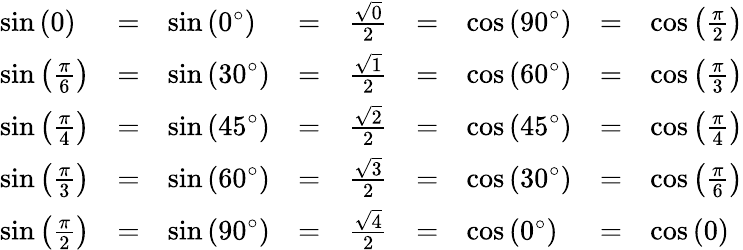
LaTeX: \begin{array}{lllllllll}{\sin\left(0\right)}&{=}&{\sin\left(0^{\circ}\right)}&{=}&{{\frac{\sqrt{0}}{2}}}&{=}&{\cos\left(90^{\circ}\right)}&{=}&{\cos\left({\frac{\pi}{2}}\right)}\\ {\sin\left({\frac{\pi}{6}}\right)}&{=}&{\sin\left(30^{\circ}\right)}&{=}&{{\frac{\sqrt{1}}{2}}}&{=}&{\cos\left(60^{\circ}\right)}&{=}&{\cos\left({\frac{\pi}{3}}\right)}\\ {\sin\left({\frac{\pi}{4}}\right)}&{=}&{\sin\left(45^{\circ}\right)}&{=}&{{\frac{\sqrt{2}}{2}}}&{=}&{\cos\left(45^{\circ}\right)}&{=}&{\cos\left({\frac{\pi}{4}}\right)}\\ {\sin\left({\frac{\pi}{3}}\right)}&{=}&{\sin\left(60^{\circ}\right)}&{=}&{{\frac{\sqrt{3}}{2}}}&{=}&{\cos\left(30^{\circ}\right)}&{=}&{\cos\left({\frac{\pi}{6}}\right)}\\ {\sin\left({\frac{\pi}{2}}\right)}&{=}&{\sin\left(90^{\circ}\right)}&{=}&{{\frac{\sqrt{4}}{2}}}&{=}&{\cos\left(0^{\circ}\right)}&{=}&{\cos\left(0\right)}\end{array}